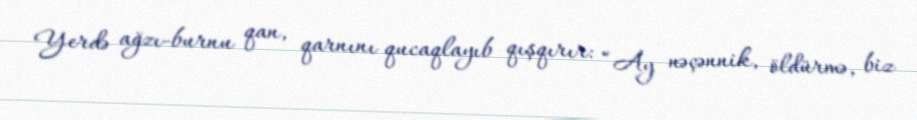
Yerdə ağzı-burnu qan, qarnını qucaqlayıb qışqırır: “Ay nəçənnik, öldürmə, biz